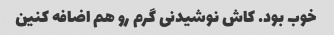
خوب بود. کاش نوشیدنی گرم رو هم اضافه کنین